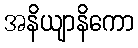
အနိယျာနိကော